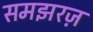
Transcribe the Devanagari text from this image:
समझरज़